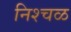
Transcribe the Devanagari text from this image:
निश्चळ